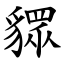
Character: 䝦